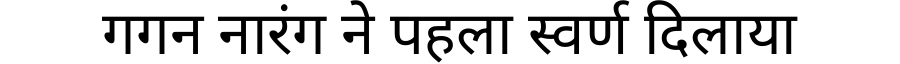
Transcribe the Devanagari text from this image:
गगन नारंग ने पहला स्वर्ण दिलाया